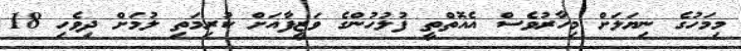
މިމަހުގެ ނިޔަލަށް މިހާރުވެސް އެއޮތްތީ ފުލުހުންގެ ވަޒީފާއަށް ކުރިމަތި ލުމަށް ދިވެހި 18